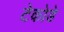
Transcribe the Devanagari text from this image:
टेकोडे